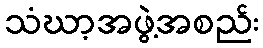
သံဃာ့အဖွဲ့အစည်း